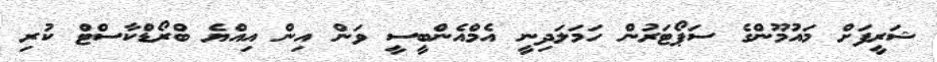
ޝަރީފަށް މައުމޫންގެ ސަޕޯޓަރުން ހަމަލަދިނީ އެމްއެންބީސީ ވަން އިން އިއްޔެ ބްރޯޑްކާސްޓް ކުރި